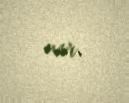
var.